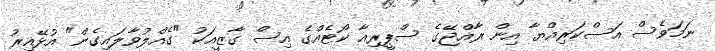
ނަމަވެސް އަސްކަރިއްޔާ އިން ރާއްޖޭގެ ސްޕީރިއާ ކޯޓެއްގެ އިސް ގާޒީއަކު "ގެއްލުވާލައިގެން" އުޅޭއިރު